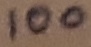
Text: 100